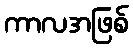
ကာလအဖြစ်